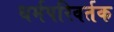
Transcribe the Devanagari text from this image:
धर्मपरिवर्तक